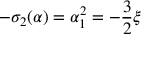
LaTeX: - \sigma _ { 2 } ( \alpha ) = \alpha _ { 1 } ^ { 2 } = - \frac 3 2 \xi